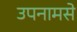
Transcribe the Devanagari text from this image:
उपनामसे